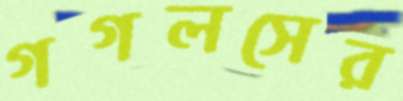
গগলসের